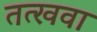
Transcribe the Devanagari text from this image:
तत्खवा